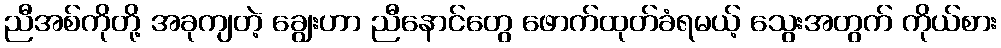
ညီအစ်ကိုတို့ အခုကျတဲ့ ချွေးဟာ ညီနောင်တွေ ဖောက်ထုတ်ခံရမယ့် သွေးအတွက် ကိုယ်စား